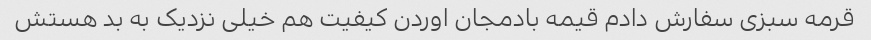
قرمه سبزی سفارش دادم قیمه بادمجان اوردن کیفیت هم خیلی نزدیک به بد هستش